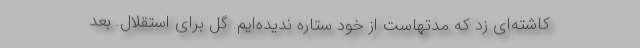
کاشته‌ای زد که مدتهاست از خود ستاره ندیده‌ایم. گل برای استقلال. بعد